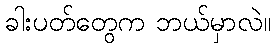
ခါးပတ်တွေက ဘယ်မှာလဲ။